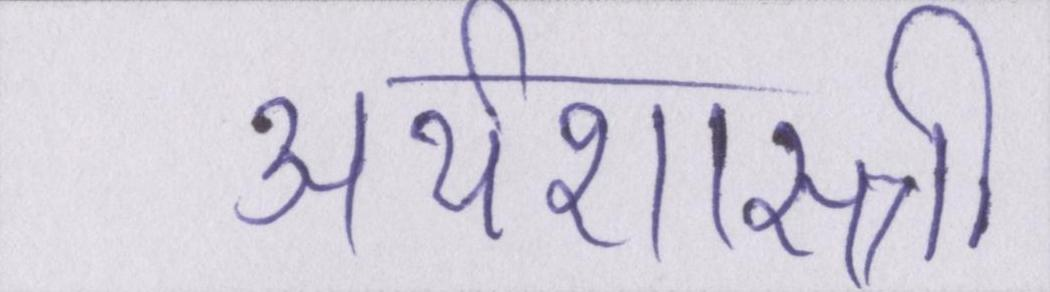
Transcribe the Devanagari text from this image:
अर्थशास्त्री